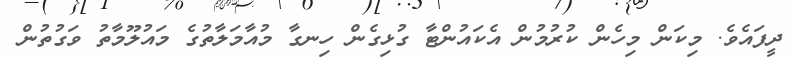
ދީފައެވެ. މިކަން މިހެން ކުރުމުން އެކައުންޓާ ގުޅިގެން ހިނގާ މުއާމަލާތުގެ މައުލޫމާތު ވަގުތުން